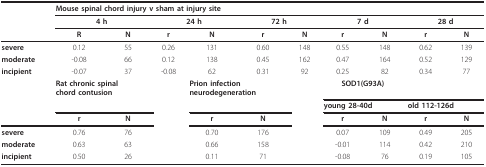
<table><thead><tr><td></td><td colspan="10"><b>Mouse spinal chord injury v sham at injury site</b></td></tr><tr><td></td><td colspan="2"><b>4 h</b></td><td colspan="2"><b>24 h</b></td><td colspan="2"><b>72 h</b></td><td colspan="2"><b>7 d</b></td><td colspan="2"><b>28 d</b></td></tr><tr><td></td><td><b>R</b></td><td><b>N</b></td><td><b>r</b></td><td><b>N</b></td><td><b>r</b></td><td><b>N</b></td><td><b>r</b></td><td><b>N</b></td><td><b>r</b></td><td><b>N</b></td></tr></thead><tbody><tr><td><b>severe</b></td><td>0.12</td><td>55</td><td>0.26</td><td>131</td><td>0.60</td><td>148</td><td>0.55</td><td>148</td><td>0.62</td><td>139</td></tr><tr><td><b>moderate</b></td><td>-0.08</td><td>66</td><td>0.12</td><td>138</td><td>0.45</td><td>162</td><td>0.47</td><td>164</td><td>0.52</td><td>129</td></tr><tr><td><b>incipient</b></td><td>-0.07</td><td>37</td><td>-0.08</td><td>62</td><td>0.31</td><td>92</td><td>0.25</td><td>82</td><td>0.34</td><td>77</td></tr><tr><td></td><td colspan="2"><b>Rat chronic spinal</b><b>chord contusion</b></td><td></td><td colspan="2"><b>Prion infection</b><b>neurodegeneration</b></td><td></td><td colspan="2"><b>SOD1(G93A)</b></td><td></td><td></td></tr><tr><td></td><td></td><td></td><td></td><td></td><td></td><td></td><td colspan="2"><b>young 28-40d</b></td><td colspan="2"><b>old 112-126d</b></td></tr><tr><td></td><td><b>r</b></td><td><b>N</b></td><td></td><td><b>r</b></td><td><b>N</b></td><td></td><td><b>r</b></td><td><b>N</b></td><td><b>r</b></td><td><b>N</b></td></tr><tr><td><b>severe</b></td><td>0.76</td><td>76</td><td></td><td>0.70</td><td>176</td><td></td><td>0.07</td><td>109</td><td>0.49</td><td>205</td></tr><tr><td><b>moderate</b></td><td>0.63</td><td>63</td><td></td><td>0.66</td><td>158</td><td></td><td>-0.01</td><td>114</td><td>0.42</td><td>210</td></tr><tr><td><b>incipient</b></td><td>0.50</td><td>26</td><td></td><td>0.11</td><td>71</td><td></td><td>-0.08</td><td>76</td><td>0.19</td><td>105</td></tr></tbody></table>